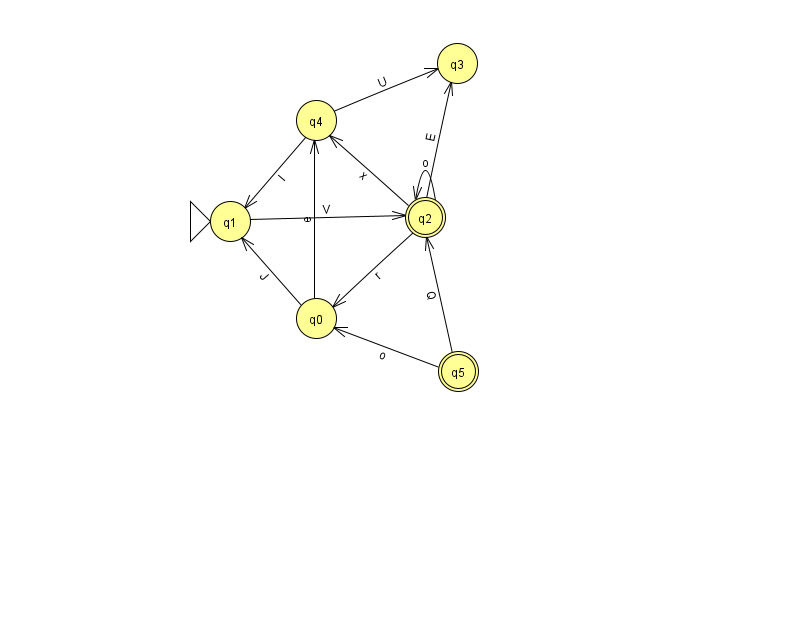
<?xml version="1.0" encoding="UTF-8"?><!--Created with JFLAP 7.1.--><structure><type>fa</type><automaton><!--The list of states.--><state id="0" name="q0"><x>316.0</x><y>305.0</y></state><state id="1" name="q1"><x>230.0</x><y>208.0</y><initial/></state><state id="2" name="q2"><x>425.0</x><y>204.0</y><final/></state><state id="3" name="q3"><x>457.0</x><y>50.0</y></state><state id="4" name="q4"><x>316.0</x><y>107.0</y></state><state id="5" name="q5"><x>458.0</x><y>358.0</y><final/></state><!--The list of transitions.--><transition><from>4</from><to>1</to><read>l</read></transition><transition><from>2</from><to>0</to><read>r</read></transition><transition><from>1</from><to>2</to><read>V</read></transition><transition><from>4</from><to>3</to><read>U</read></transition><transition><from>2</from><to>4</to><read>x</read></transition><transition><from>5</from><to>2</to><read>Q</read></transition><transition><from>0</from><to>1</to><read>J</read></transition><transition><from>5</from><to>0</to><read>o</read></transition><transition><from>2</from><to>3</to><read>E</read></transition><transition><from>0</from><to>4</to><read>e</read></transition><transition><from>2</from><to>2</to><read>o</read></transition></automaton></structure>